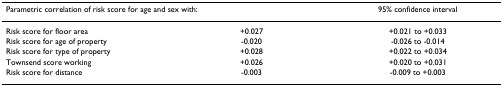
<table><thead><tr><td colspan="2"><b>Parametric correlation of risk score for age and sex with:</b></td><td><b>95% confidence interval</b></td></tr></thead><tbody><tr><td>Risk score for floor area</td><td>+0.027</td><td>+0.021 to +0.033</td></tr><tr><td>Risk score for age of property</td><td>-0.020</td><td>-0.026 to -0.014</td></tr><tr><td>Risk score for type of property</td><td>+0.028</td><td>+0.022 to +0.034</td></tr><tr><td>Townsend score working</td><td>+0.026</td><td>+0.020 to +0.031</td></tr><tr><td>Risk score for distance</td><td>-0.003</td><td>-0.009 to +0.003</td></tr></tbody></table>